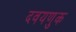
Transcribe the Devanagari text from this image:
दवयणुक